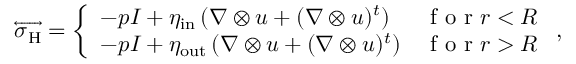
\overleftrightarrow { \boldsymbol { \sigma } _ { \mathrm { H } } } = \left\{ \begin{array} { l l } { \displaystyle - p \boldsymbol { I } + \eta _ { \mathrm { i n } } \left( \nabla \otimes \boldsymbol { u } + ( \nabla \otimes \boldsymbol { u } ) ^ { t } \right) } & { \textrm { f o r } r < R } \\ { \displaystyle - p \boldsymbol { I } + \eta _ { \mathrm { o u t } } \left( \nabla \otimes \boldsymbol { u } + ( \nabla \otimes \boldsymbol { u } ) ^ { t } \right) } & { \textrm { f o r } r > R } \end{array} \right. ,